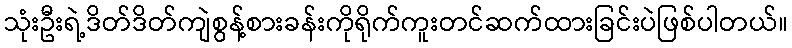
သုံးဦးရဲ့ဒိတ်ဒိတ်ကျဲစွန့်စားခန်းကိုရိုက်ကူးတင်ဆက်ထားခြင်းပဲဖြစ်ပါတယ်။